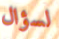
لسؤال